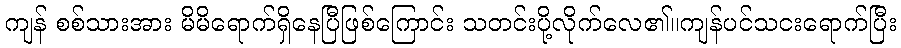
ကျန် စစ်သားအား မိမိရောက်ရှိနေပြီဖြစ်ကြောင်း သတင်းပို့လိုက်လေ၏။ကျန်ပင်သငးရောက်ပြီး